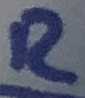
Text: R